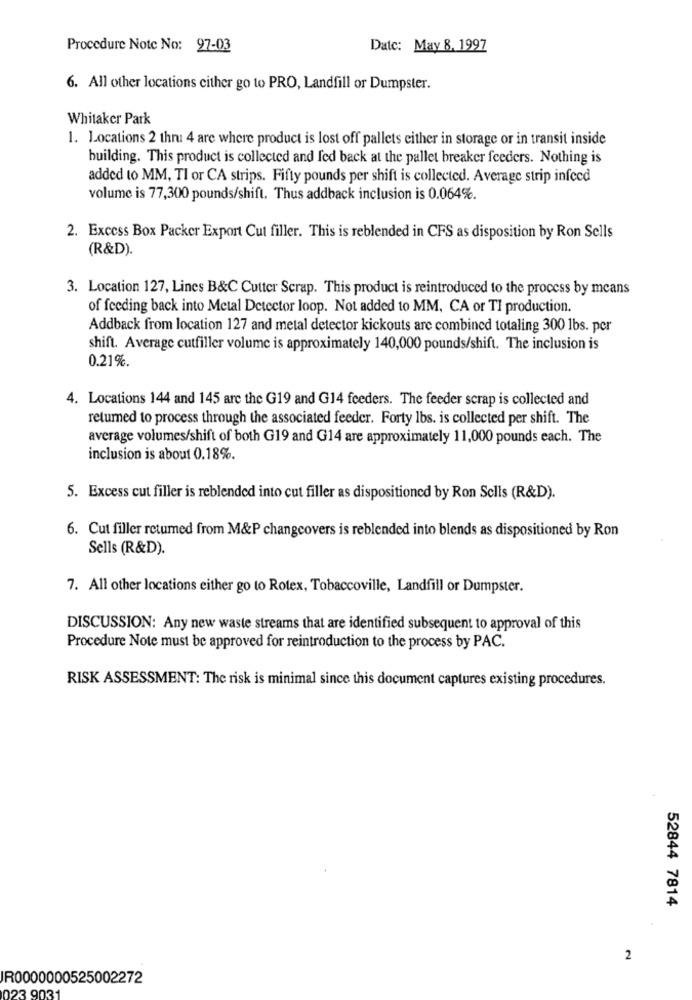
Procedure Note No: 97-03
Date: May 8, 1997
6. All other locations cither go to PRO, Landfill or Dumpster.
Whitaker Park
1. Locations 2 thn: 4 are where product is lost off pallets either in storage or in transit inside
building. This product is collected and fed back at the pallet breaker feeders. Nothing is
added to MM, TI or CA strips. Fifty pounds per shift is collected. Average strip infecd
volume is 77,300 pounds/shift. Thus addback inclusion is 0.064%.
2. Excess Box Packer Export Cut filler. This is reblended in CFS as disposition by Ron Sells
(R&D).
3. Location 127, Lines B&C Cutter Scrap. This product is reintroduced to the process by means
of feeding back into Metal Detector loop. Not added 10 MM. CA or TI production.
Addback from location 127 and metal detector kickouts are combined totaling 300 lbs. per
shift. Average cutfiller volume is approximately 140,000 pounds/shift. The inclusion is
0.21%.
4. Locations 144 and 145 are the G19 and G14 feeders. The feeder scrap is collected and
returned to process through the associated feeder. Forty lbs. is collected per shift. The
average volumes/shift of both G19 and G14 are approximately 11,000 pounds each. The
inclusion is about 0.18%.
5. Excess cut filler is reblended into cut filler as dispositioned by Ron Sells (R&D).
6. Cut filler returned from M&P changcovers is reblended into blends as dispositioned by Ron
Sells (R&D).
7. All other locations either go to Rotex, Tobaccoville, Landfill or Dumpster.
DISCUSSION: Any new waste streams that are identified subsequent to approval of this
Procedure Note must be approved for reintroduction to the process by PAC.
RISK ASSESSMENT: The risk is minimal since this document captures existing procedures.
52844 7814
2
R0000000525002272
123 9031